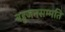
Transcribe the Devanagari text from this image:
बहुजनसम्मति